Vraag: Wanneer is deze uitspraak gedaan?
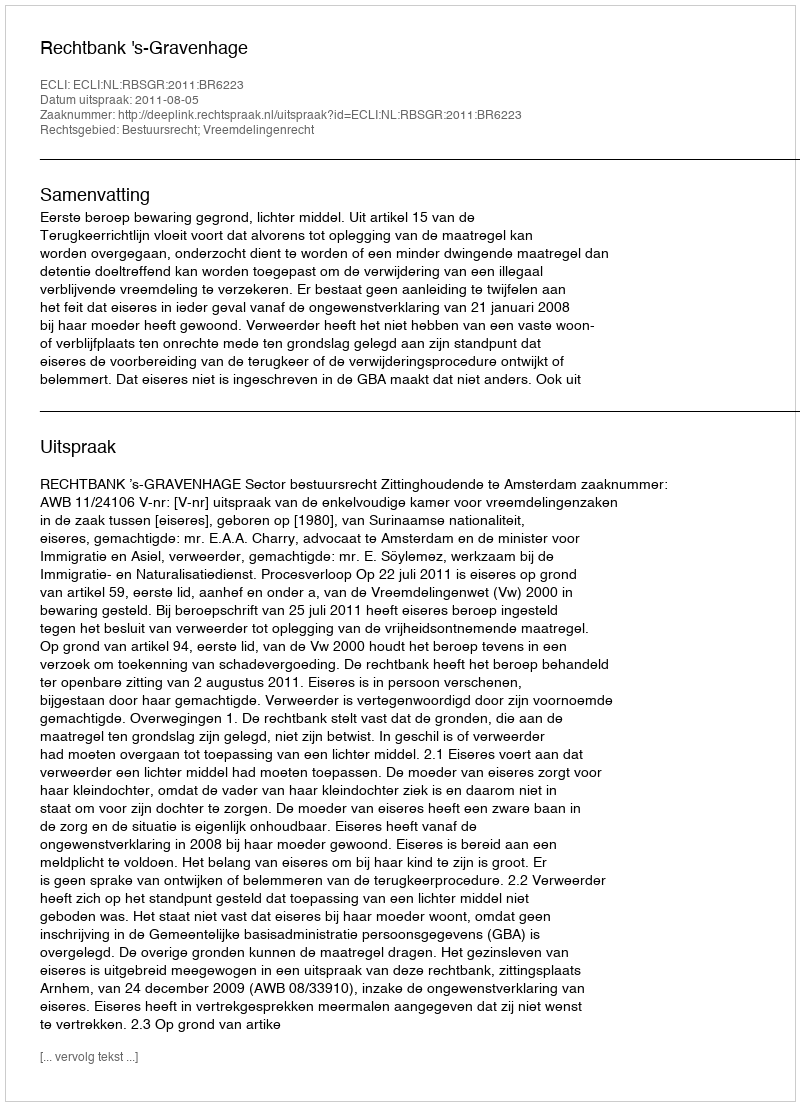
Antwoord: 2011-08-05